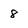
Character: 8